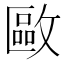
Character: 𢿛